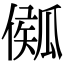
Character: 𤬈